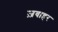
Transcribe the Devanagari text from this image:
ज़वाहर